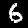
Digit: 6